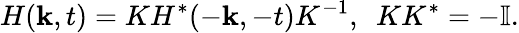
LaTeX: H({\mathbf k},t)=KH^{*}(-{\mathbf k},-t)K^{-1},~~KK^{*}=-\mathbb{I}.